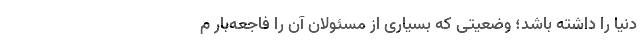
دنیا را داشته باشد؛ وضعیتی که بسیاری از مسئولان آن را فاجعه‌بار م